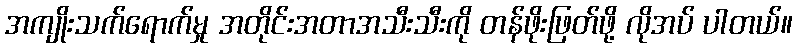
အကျိုးသက်ရောက်မှု အတိုင်းအတာအသီးသီးကို တန်ဖိုးဖြတ်ဖို့ လိုအပ် ပါတယ်။